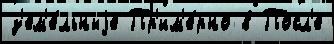
з'ем'е́льныjе Пр'им'е́рно в Посл'е